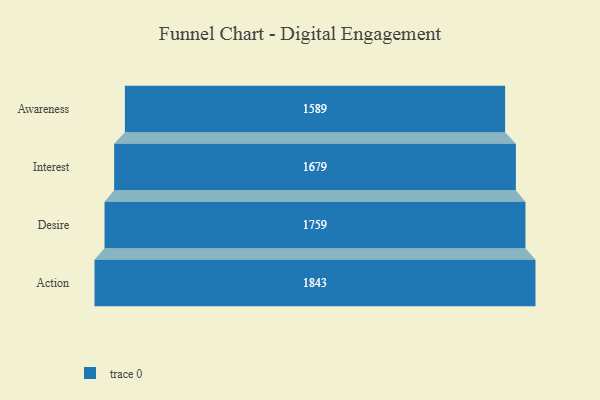
{"axis": {"x": "Stage", "y": "Value"}, "legend": [""], "data": [{"x": "Awareness", "y": 1589.0, "type": ""}, {"x": "Interest", "y": 1679.0, "type": ""}, {"x": "Desire", "y": 1759.0, "type": ""}, {"x": "Action", "y": 1843.0, "type": ""}]}